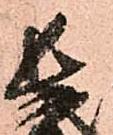
長